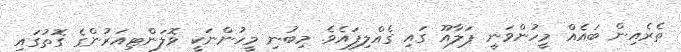
ތެރެއިން ބައެއް މީހުންވަނީ ޕަލާއޫ ގައި ގެއްލިފައެވެ. މިބުނި މީހުންނަކީ ވޮލަންޓިއަރުންގެ ގޮތުގައި